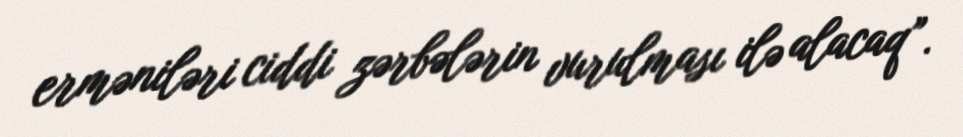
erməniləri ciddi zərbələrin vurulması ilə alacaq”.